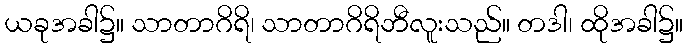
ယခုအခါ၌။ သာတာဂိရိ၊ သာတာဂိရိဘီလူးသည်။ တဒါ၊ ထိုအခါ၌။